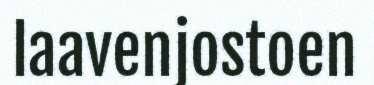
laavenjostoen